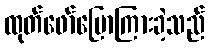
ထုတ်ဖော်ပြောကြားခဲ့သည်